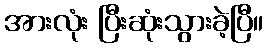
အားလုံး ပြီးဆုံးသွားခဲ့ပြီ။